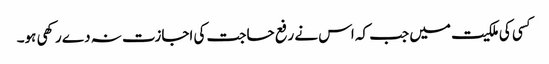
کسی کی ملکیت میں جب کہ اس نے رفع حاجت کی اجازت نہ دے رکھی ہو۔